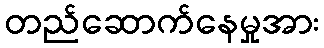
တည်ဆောက်နေမှုအား